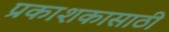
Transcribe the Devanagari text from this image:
प्रकाशकासाठी